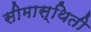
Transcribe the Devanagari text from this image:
सीमास्थिती